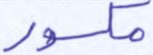
مكسور